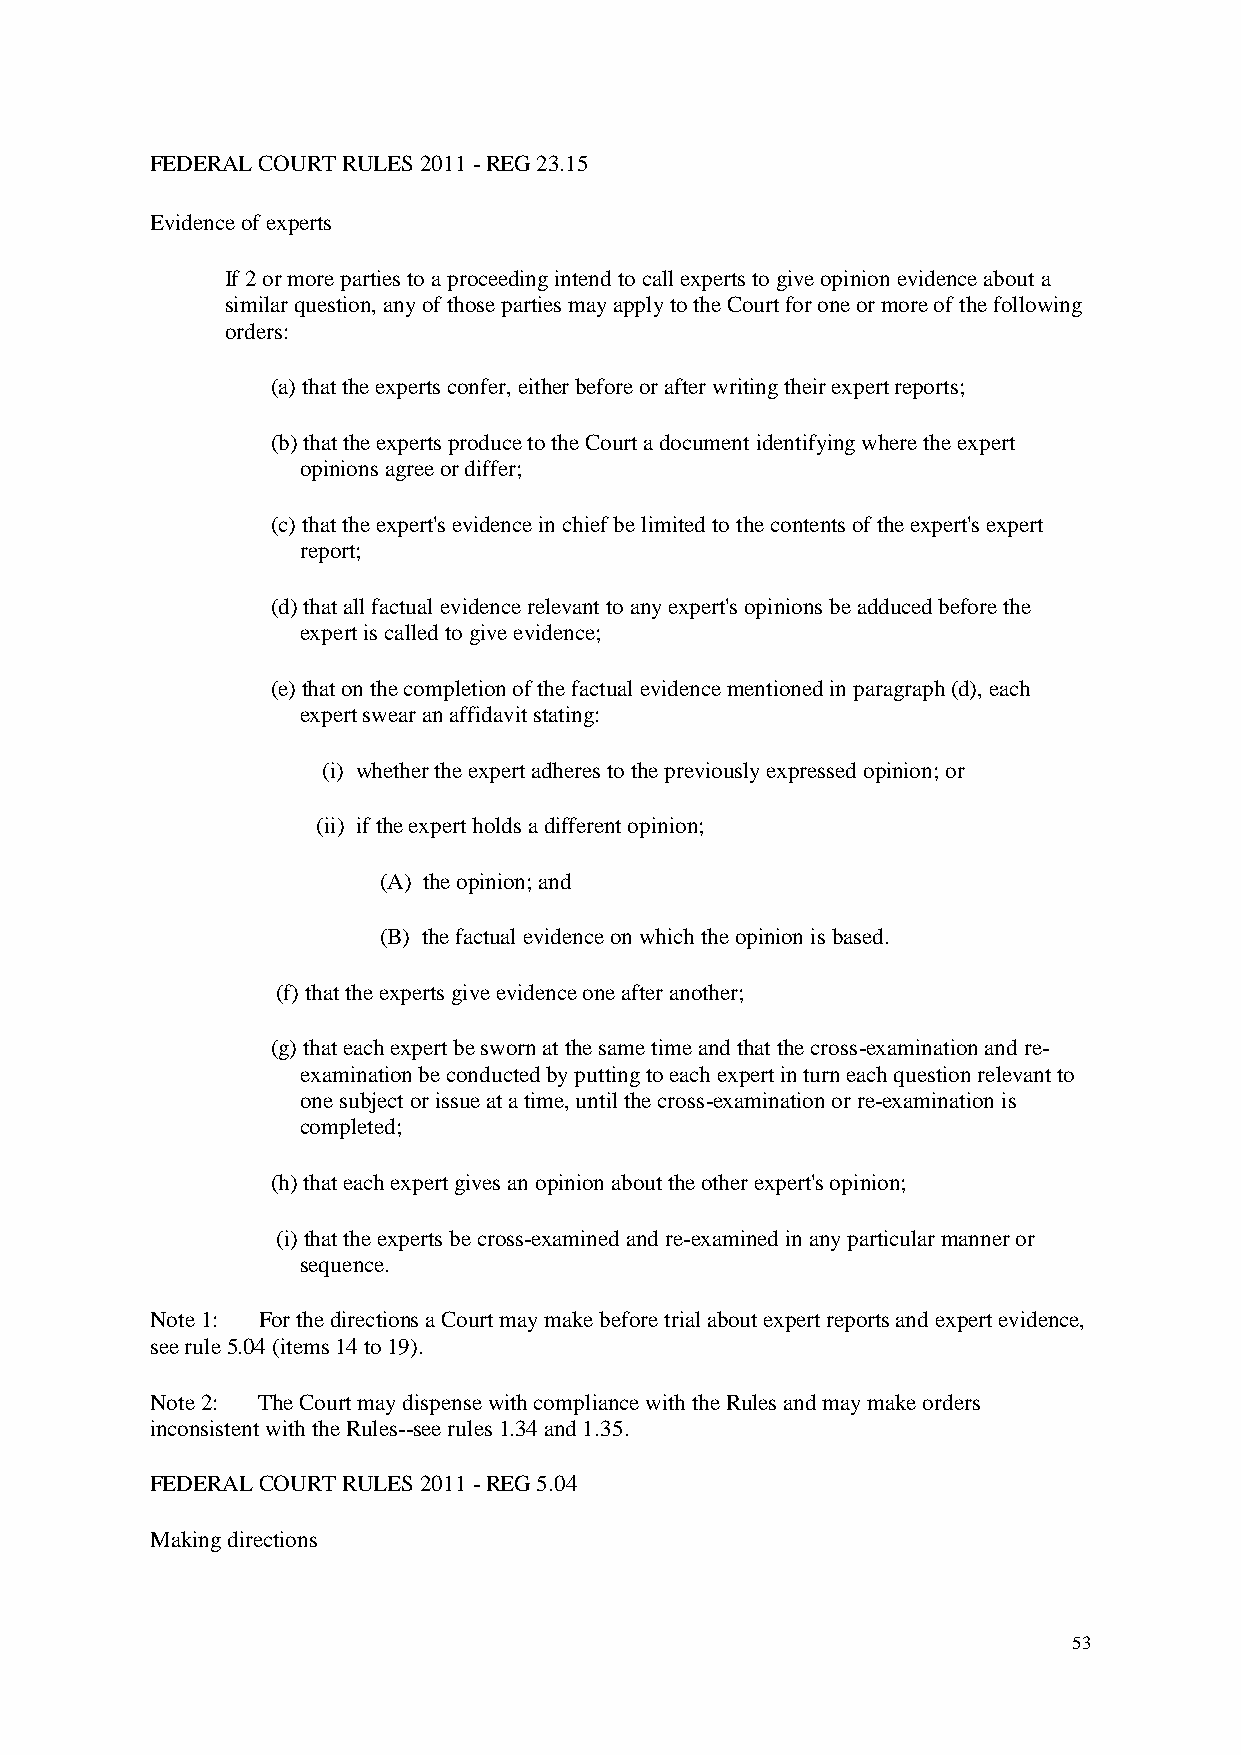
FEDERAL COURT RULES 2011 - REG 23.15
 Evidence of experts
 If 2 or more parties to a proceeding intend to call experts to give opinion evidence about a
 similar question, any of those parties may apply to the Court for one or more of the following
 orders:
 (a) that the experts confer, either before or after writing their expert reports;
 (b) that the experts produce to the Court a document identifying where the expert
 opinions agree or differ;
 (c) that the expert's evidence in chief be limited to the contents of the expert's expert
 report;
 (d) that all factual evidence relevant to any expert's opinions be adduced before the
 expert is called to give evidence;
 (e) that on the completion of the factual evidence mentioned in paragraph (d), each
 expert swear an affidavit stating:
 (i) whether the expert adheres to the previously expressed opinion; or
 (ii) if the expert holds a different opinion;
 (A) the opinion; and
 (B) the factual evidence on which the opinion is based.
 (f) that the experts give evidence one after another;
 (g) that each expert be sworn at the same time and that the cross-examination and re-
 examination be conducted by putting to each expert in turn each question relevant to
 one subject or issue at a time, until the cross-examination or re-examination is
 completed;
 (h) that each expert gives an opinion about the other expert's opinion;
 (i) that the experts be cross-examined and re-examined in any particular manner or
 sequence.
 Note 1: For the directions a Court may make before trial about expert reports and expert evidence,
 see rule 5.04 (items 14 to 19).
 Note 2: The Court may dispense with compliance with the Rules and may make orders
 inconsistent with the Rules--see rules 1.34 and 1.35.
 FEDERAL COURT RULES 2011 - REG 5.04
 Making directions
 53